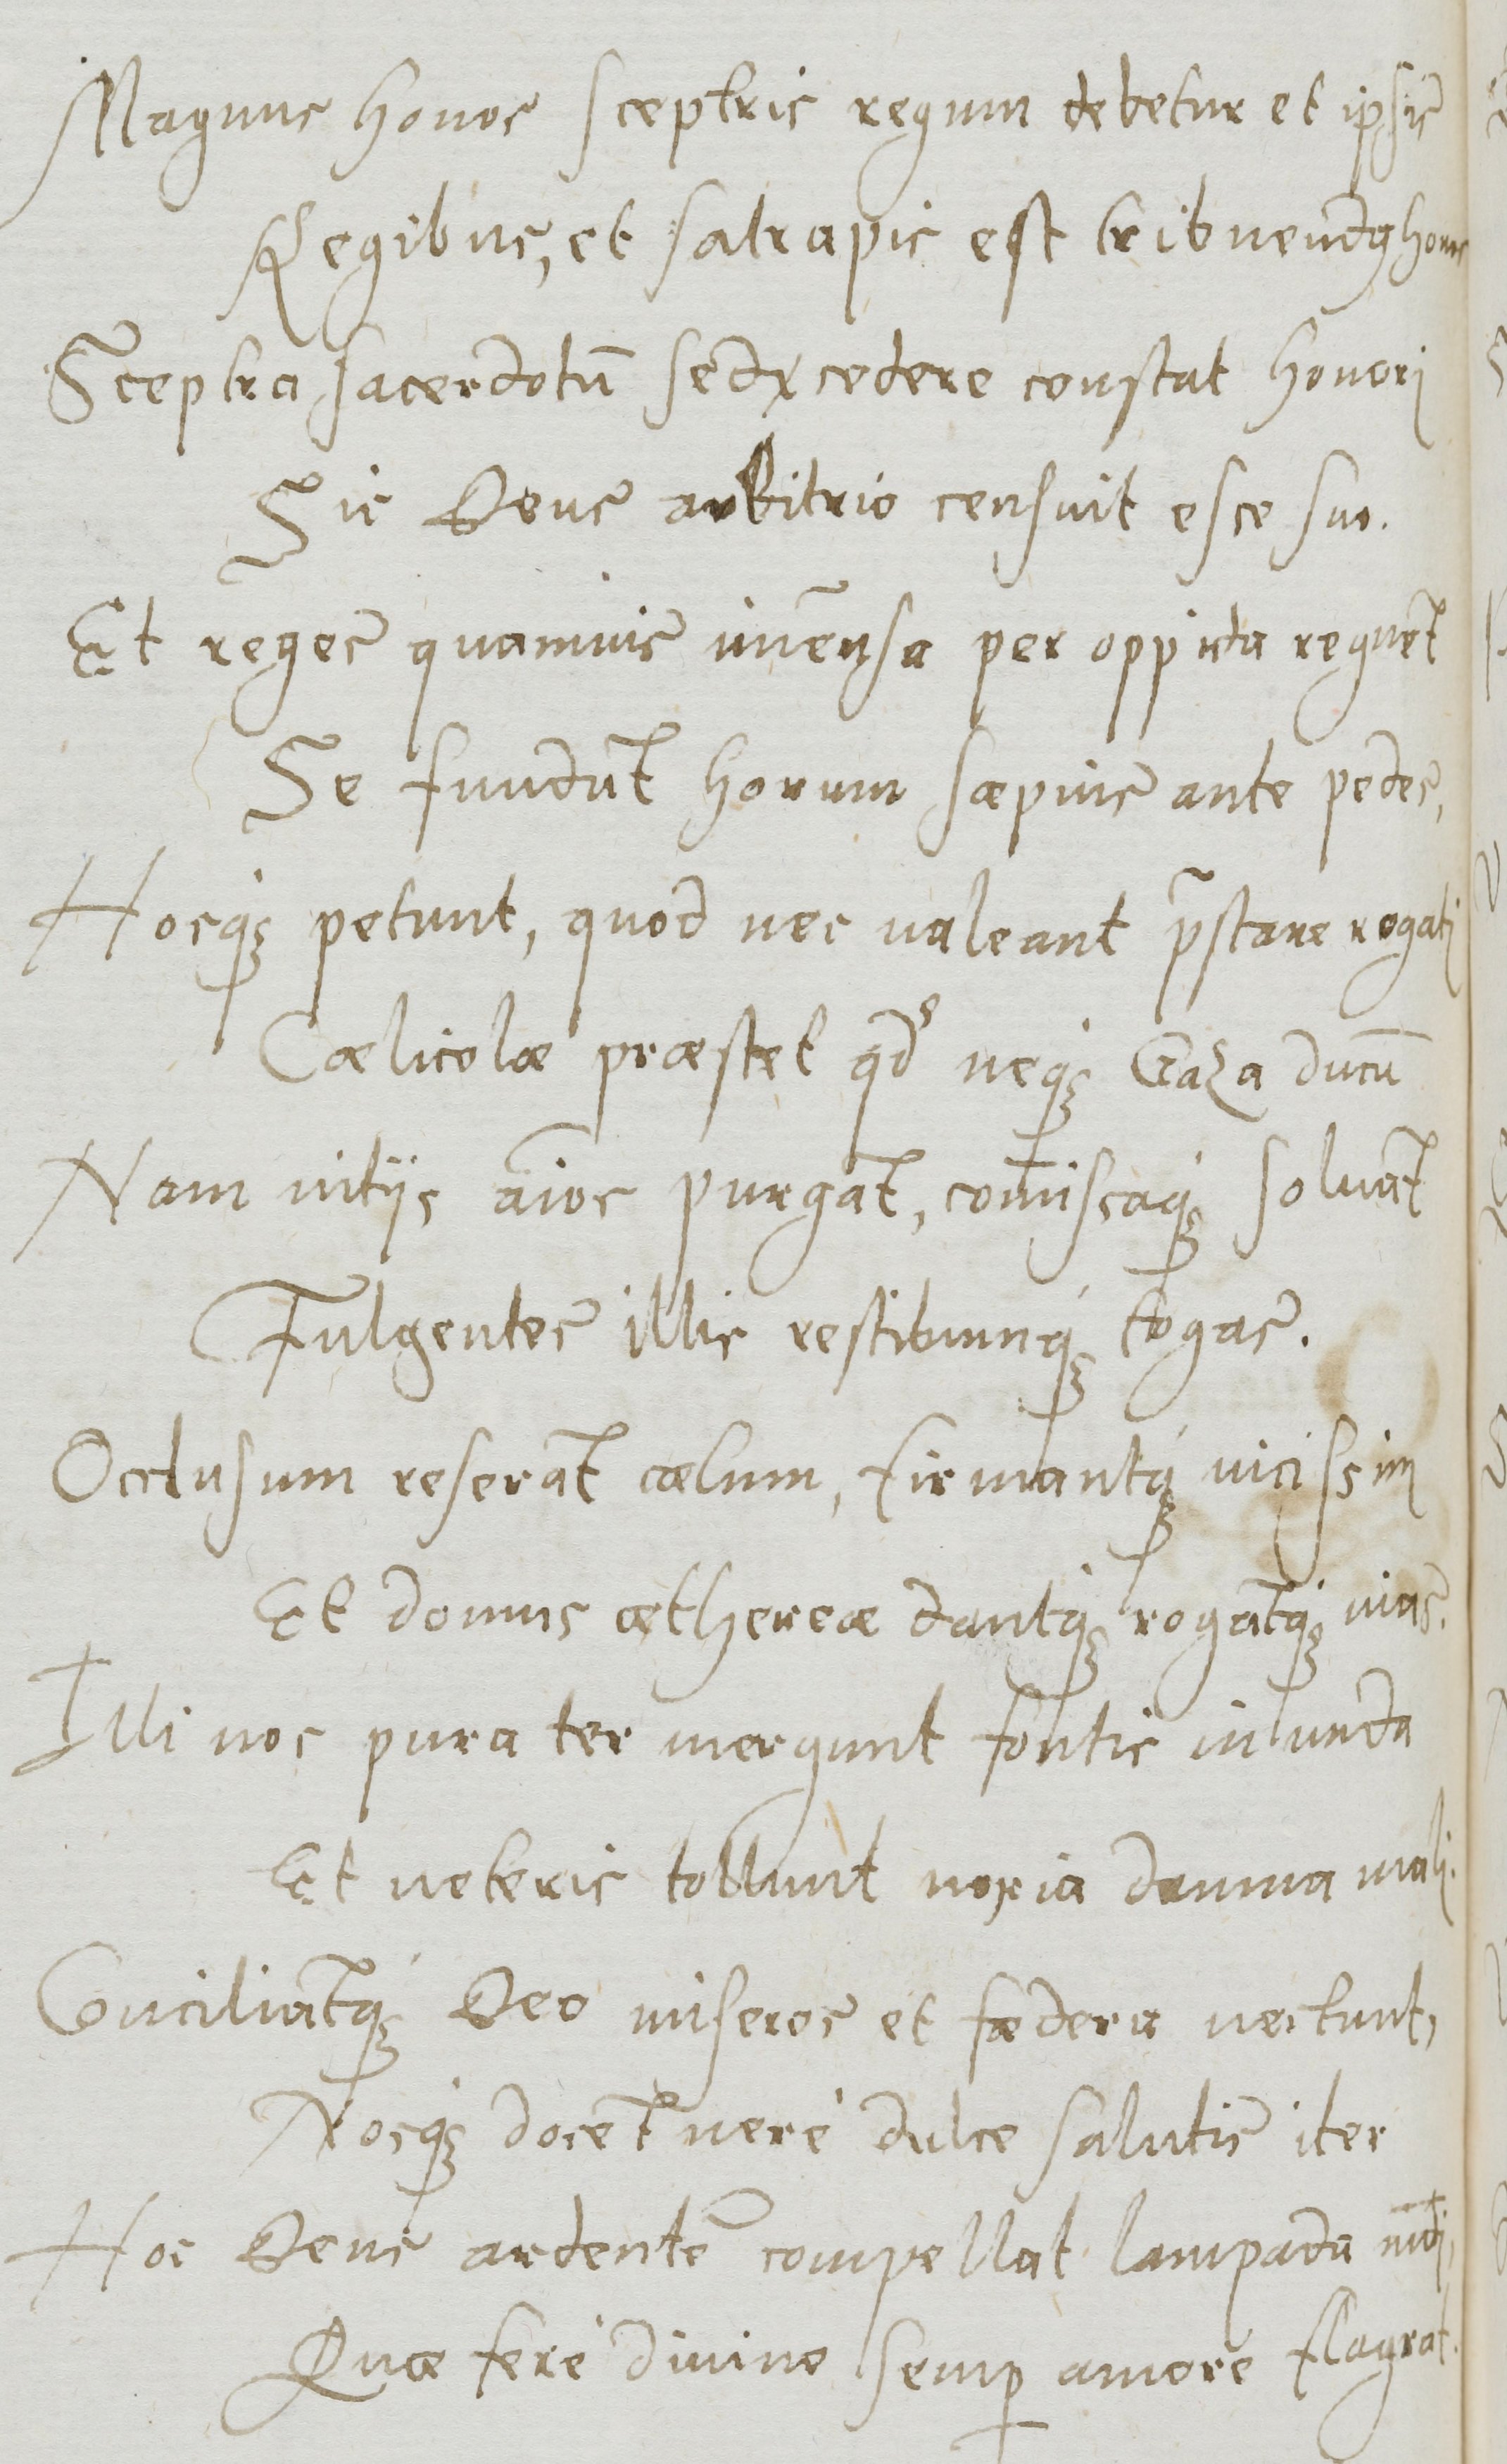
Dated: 1577–1577